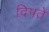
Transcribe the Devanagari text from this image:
दिपते